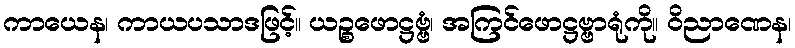
ကာယေန၊ ကာယပသာဒဖြင့်။ ယဉ္စဖောဋ္ဌဗ္ဗံ၊ အကြင်ဖောဋ္ဌဗ္ဗာရုံကို။ ဝိညာဏေန၊